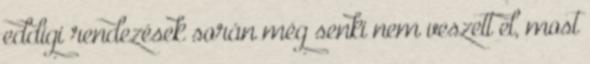
eddigi rendezések során még senki nem veszett el, most